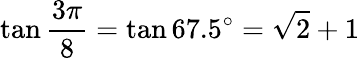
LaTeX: \tan{\frac{3\pi}{8}}=\tan 67.5^{\circ}={\sqrt{2}}+1